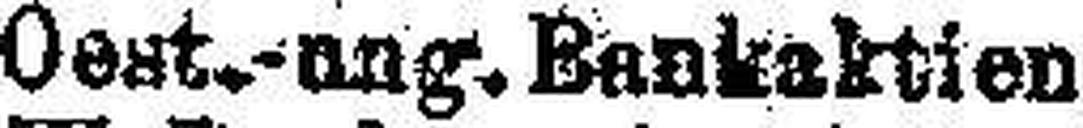
Oest.-ang. Bankaktien